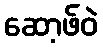
ဆော့ဖ်ဝဲ